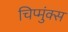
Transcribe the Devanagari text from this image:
चिप्मुंक्स